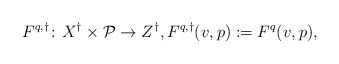
\begin{align*}F^{q,\dagger}\colon X^\dagger\times \mathcal P\to Z^\dagger, F^{q,\dagger}(v,p) := F^q(v,p),\end{align*}